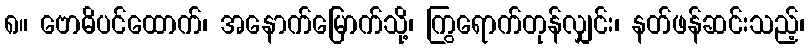
၈။ ဗောဓိပင်ထောက်၊ အနောက်မြောက်သို့၊ ကြွရောက်တုန်လျှင်း၊ နတ်ဖန်ဆင်းသည့်၊